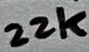
Text: 22k